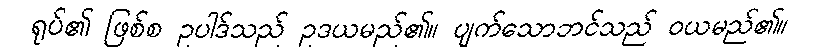
ရုပ်၏ ဖြစ်စ ဥပါဒ်သည် ဥဒယမည်၏။ ပျက်သောဘင်သည် ဝယမည်၏။